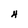
Character: H